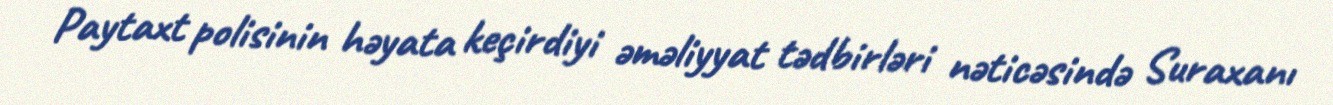
Paytaxt polisinin həyata keçirdiyi əməliyyat tədbirləri nəticəsində Suraxanı